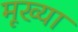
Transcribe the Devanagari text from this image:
मूख्या